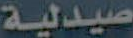
صيدلية